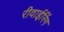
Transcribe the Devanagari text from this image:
रीवाईरिंग